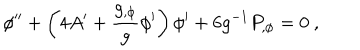
LaTeX: \phi ^ { \prime \prime } + \left( 4 A ^ { \prime } + { \frac { g _ { , \phi } } { g } } \phi ^ { \prime } \right) \phi ^ { \prime } + 6 g ^ { - 1 } P _ { , \phi } = 0 \ ,